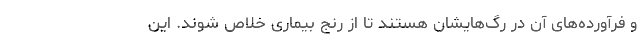
و فرآورده‌های آن در رگ‌هایشان هستند تا از رنج بیماری خلاص شوند. این